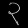
Digit: ၃